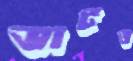
ভার্টও